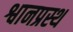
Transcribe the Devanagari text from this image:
श्वानप्रस्थ